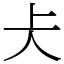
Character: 仧